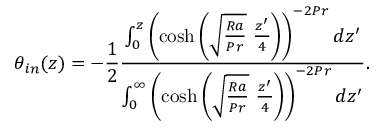
\theta _ { i n } ( z ) = - \frac { 1 } { 2 } \frac { \int _ { 0 } ^ { z } \left( \cosh { \left( \sqrt { \frac { R a } { P r } } \ \frac { z ^ { \prime } } { 4 } \right) } \right) ^ { - 2 P r } d z ^ { \prime } } { \int _ { 0 } ^ { \infty } \left( \cosh { \left( \sqrt { \frac { R a } { P r } } \ \frac { z ^ { \prime } } { 4 } \right) } \right) ^ { - 2 P r } d z ^ { \prime } } .